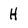
Character: H